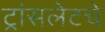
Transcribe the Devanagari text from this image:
ट्रांसलेटचे